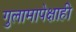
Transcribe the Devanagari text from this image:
गुलामापेक्षाही